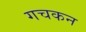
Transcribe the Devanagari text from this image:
गचकन